Indian journal of veterinary science and animal husbandry - Volumes 24-25, 1954-1955
Year: 1954
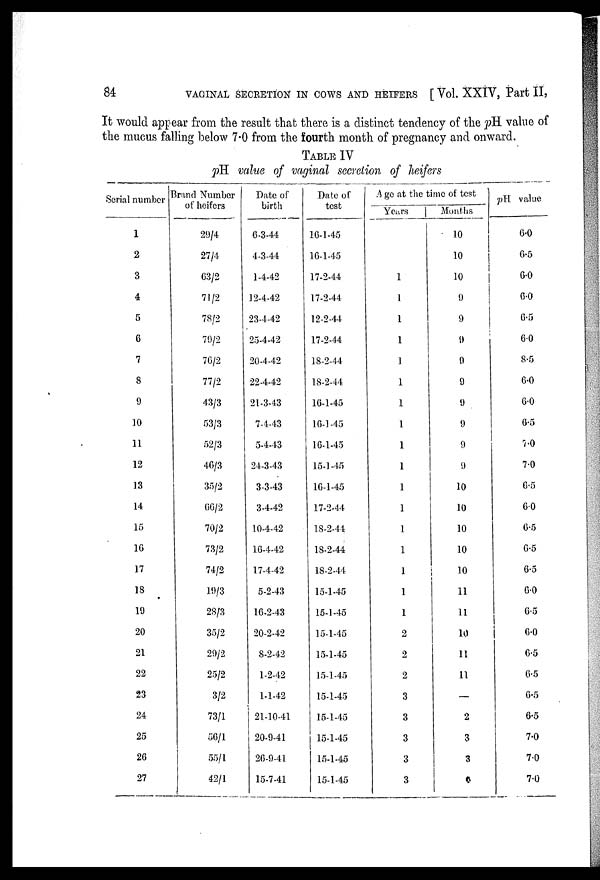
84
VAGINAL SECRETION IN COWS AND HEIFERS [ Vol. XXIV, Part II,
It would appear from the result that there is a distinct tendency of the pH value of
the mucus falling below 7.0 from the fourth month of pregnancy and onward.
TABLE IV
pH value of vaginal secretion of heifers
Serial number
1
2
3
4
5
6
7
8
9
10
11
12
13
14
15
16
17
18
19
20
21
22
23
24
25
26
27
Brand Number
of heifers
29/4
27/4
63/2
71/2
78/2
79/2
76/2
77/2
43/3
53/3
52/3
46/3
35/2
66/2
70/2
73/2
74/2
19/3
28/3
35/2
29/2
25/2
3/2
73/1
56/1
55/1
42/1
Date of
birth
6-3-44
4-3-44
1-4-42
12-4-42
23-4-42
25-4-42
20-4-42
22-4-42
21-3-43
7-4-43
5-4-43
24-3-43
3-3-43
3-4-42
10-4-42
16-4-42
17-4-42
5-2-43
16-2-43
20-2-42
8-2-42
1-2-42
1-1-42
21-10-41
20-9-41
26-9-41
15-7-41
Date of
test
16-1-45
16-1-45
17-2-44
17-2-44
12-2-44
17-2-44
18-2-44
18-2-44
16-1-45
16-1-45
16-1-45
15-1-45
16-1-45
17-2-44
18-2-44
18-2-44
18-2-44
15-1-45
15-1-45
15-1-45
15-1-45
15-1-45
15-1-45
15-1-45
15-1-45
15-1-45
15-1-45
A ge at the time of test
Years
1
1
1
1
1
1
1
1
1
1
1
1
1
1
1
1
1
2
2
2
3
3
3
3
3
Months
10
10
10
9
9
9
9
9
9
9
9
9
10
10
10
10
10
11
11
10
11
11
—
2
3
3
0
pH. value
6.0
6.5
6.0
6.0
6.5
6.0
8.5
6.0
6.0
6.5
7.0
7.0
6.5
6.0
6.5
6.5
6.5
6.0
6.5
6.0
6.5
6.5
6.5
6.5
7.0
7.0
7.0